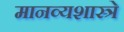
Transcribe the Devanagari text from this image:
मानव्यशास्त्रे